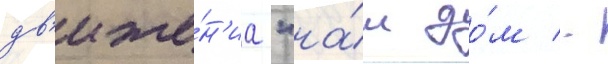
дв'иже́н'иа "на́ш до́м -